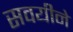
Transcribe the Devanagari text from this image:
सवयीने